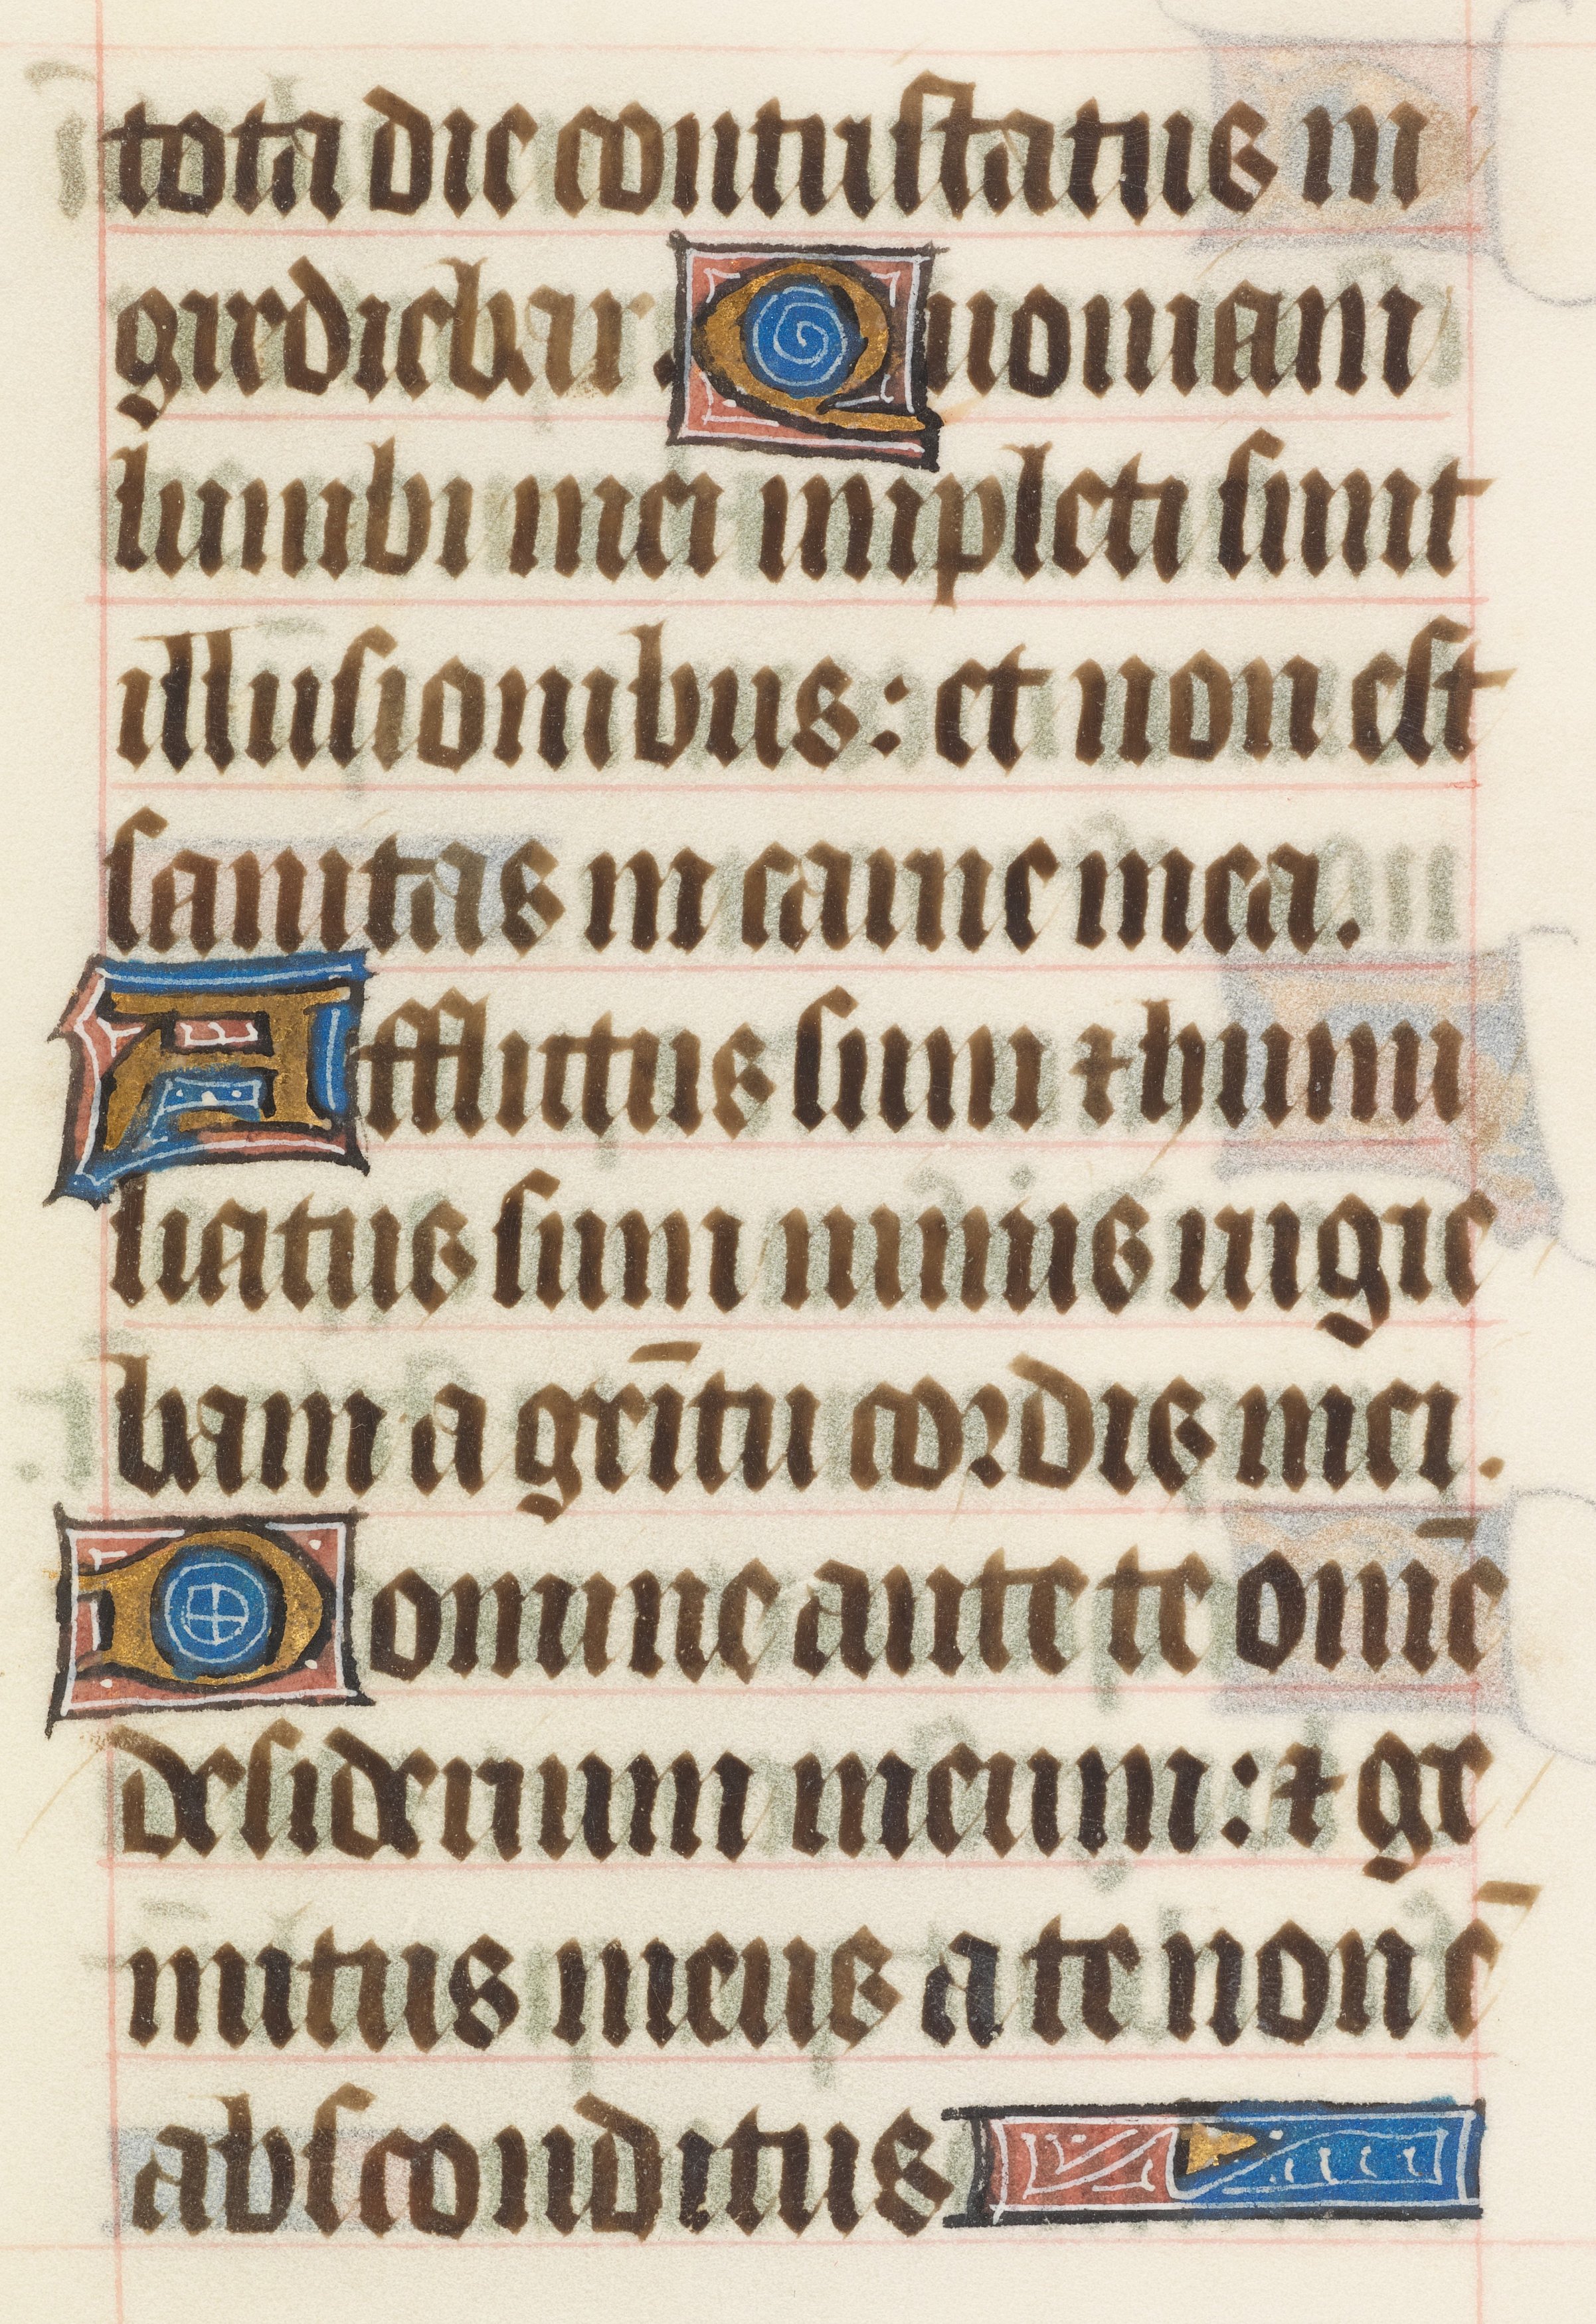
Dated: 1414–1445